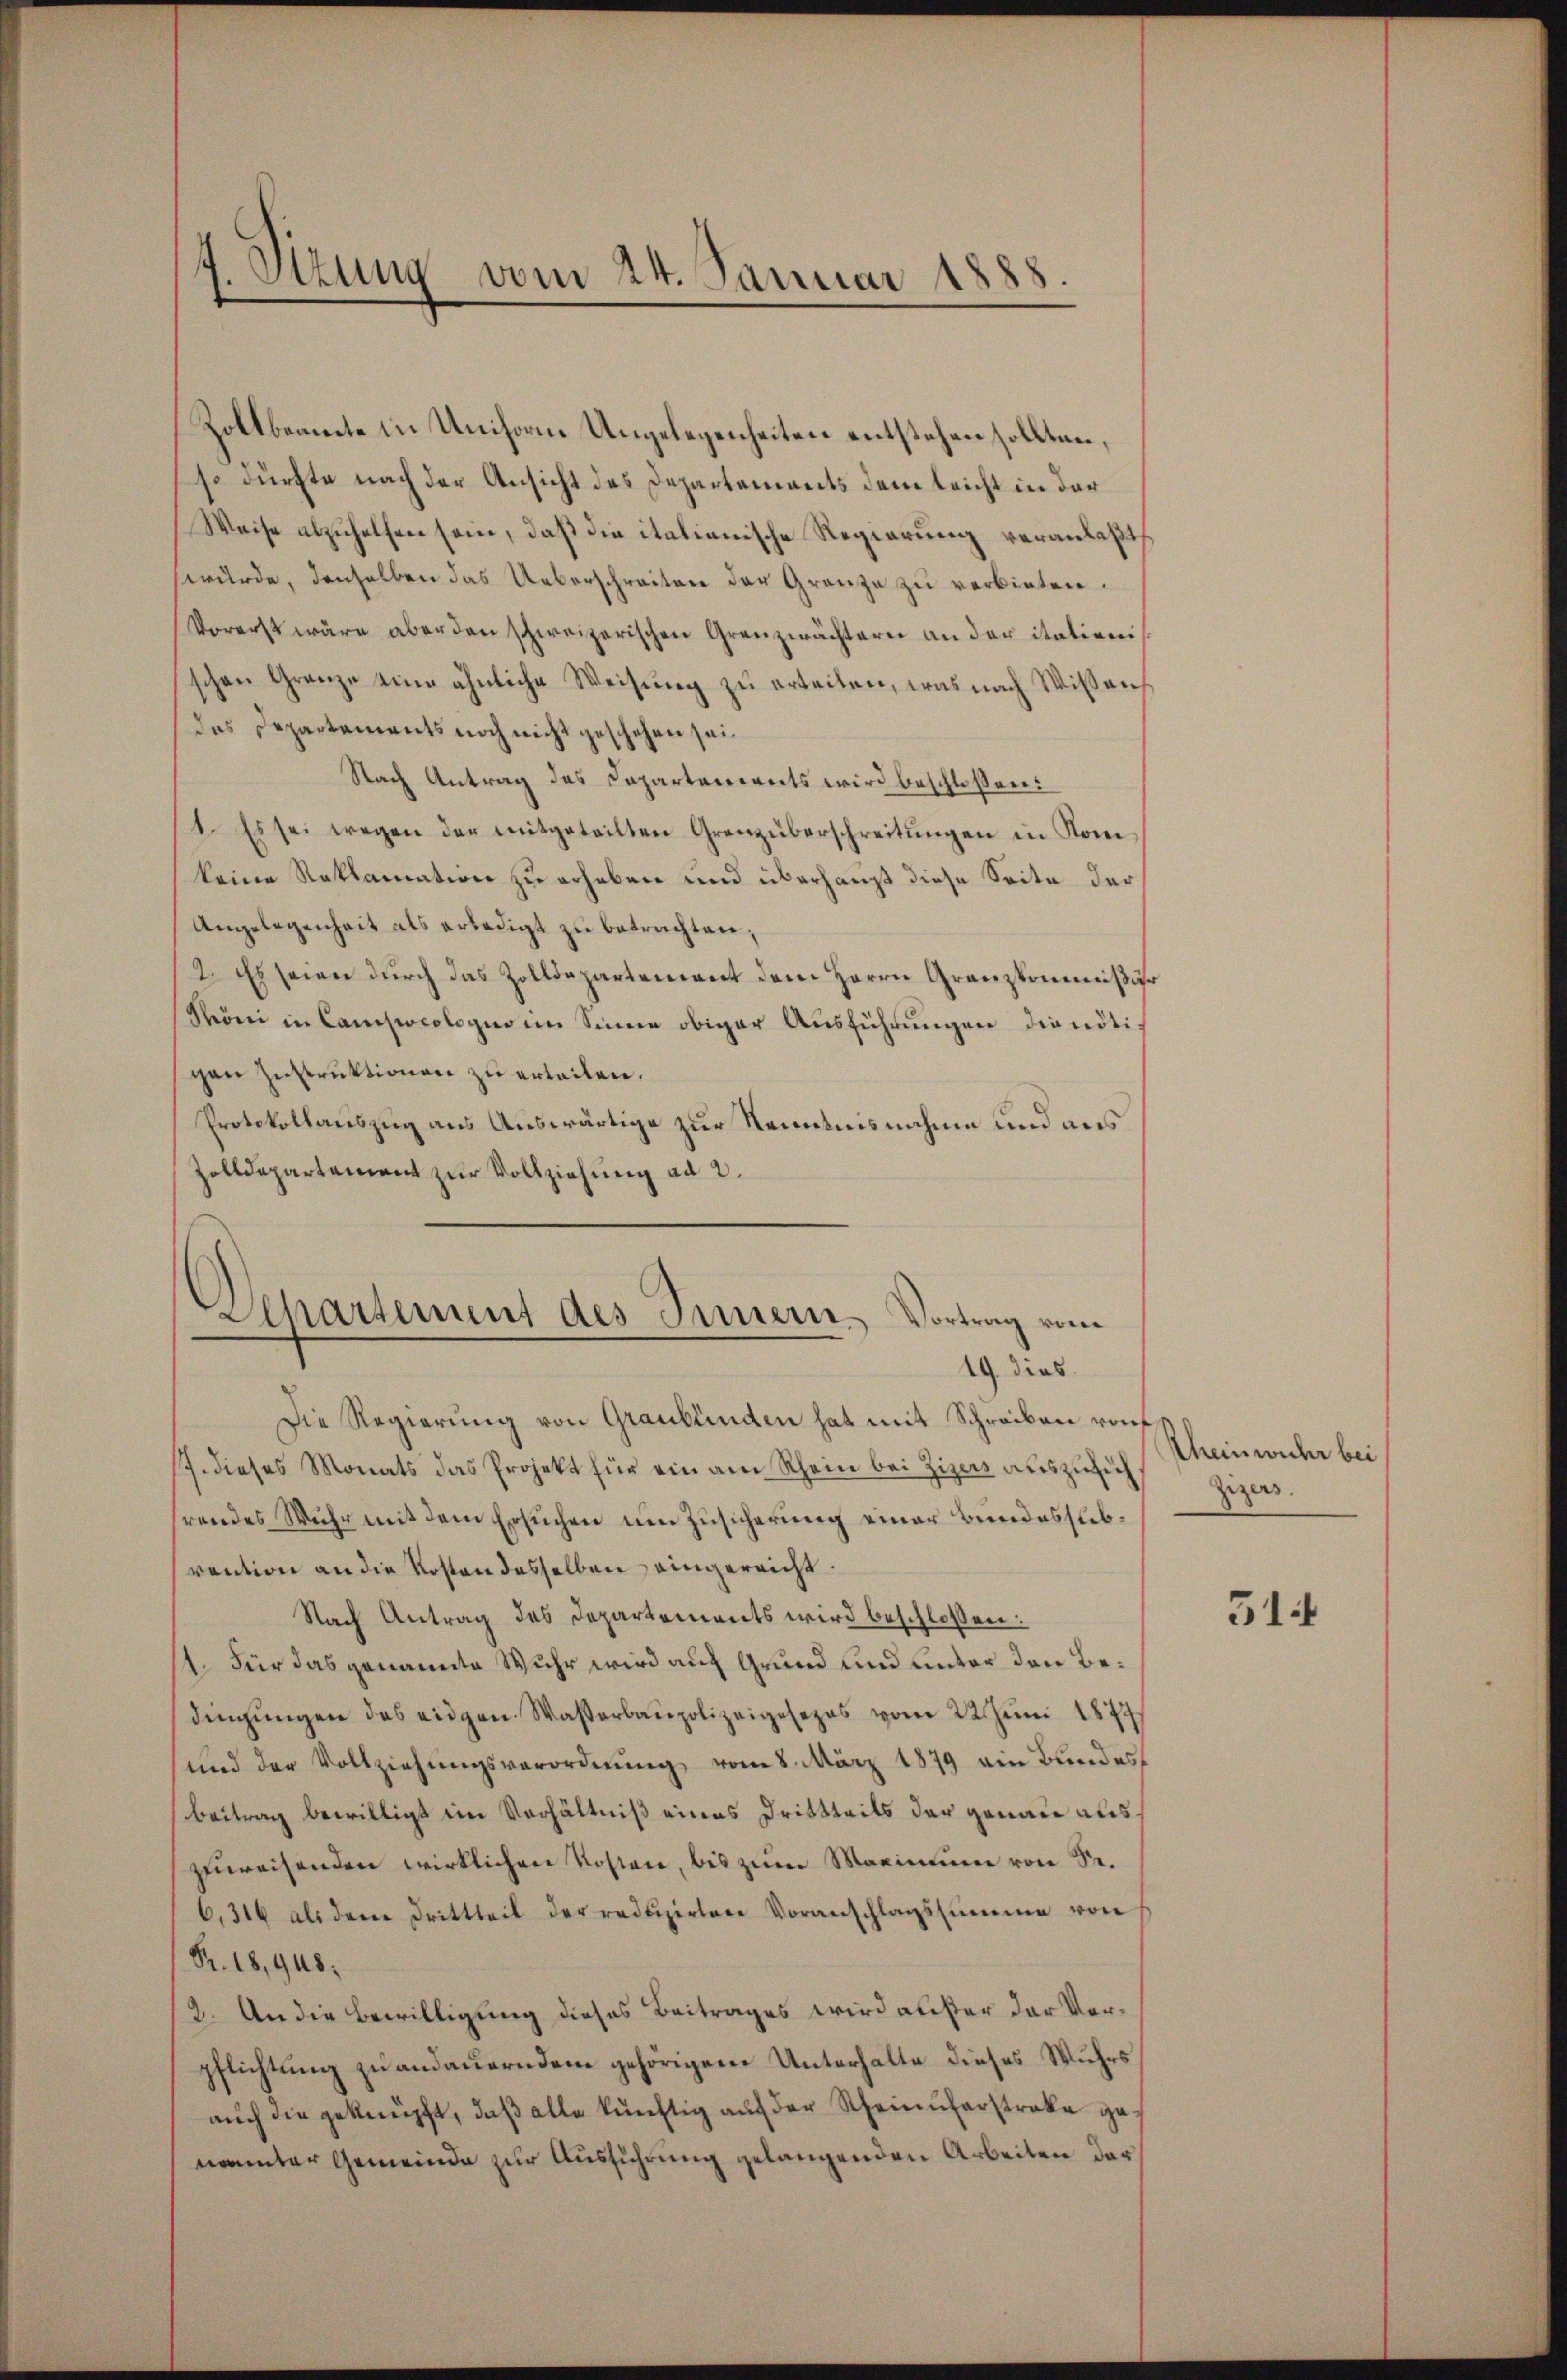
Sirung vom 24. Januar 1888.

Zollbeamte in Uniforme Ungelegenheiten entstehen sollten,
so dürfte nach der Ansicht des Departements dem leicht in der
Weise abzuhelfen sein, daß die italienische Regierung veranlaßt,
würde, denselben das Ueberschreiten der Grenze zu verbieten.
Vorerst wäre aber den schweizerischen Grenzwächtern an der itationischen Granze eine ähnliche Weisung zu erteilen, was nach Wissendas Departaments noch nicht geschehen sei.
Nach Antrag des Capartanereits wird beschloßen:
1. Es sei wegen der mitgeteilten Grenzüberschreitungen in Komkeine Reklamation zu erheben und überhaupt diese Seite der
Angelegenheit als erledigt zu betrachten;
2. Es seien durch das Zolldepartement dem Herrn Granzkommißär
Meoni in Campocolegio im Sinne obiger Ausführungen die nötigen Instruktionen zu erteilen.
Protokollauszug aus Auswärtige zur Kenntnisnahme und aus
Zolldepartement zur Vollziehung ad 2.

Departement des Innern, Vortrag vom
19. dies

Die Regierung von Graubünden hat mit Schreiben rauf
17. dieses Monats das Projekt für ein am Rhein bei Zizenz auszuzieh
hrendes Wuhr mit dem Ersuchen um Zusicherung einer Bundessubvention an die Kosten desselben eingereicht.
Nach Antrag des Departements wird beschlossen:
1. Für das genannte Wuhr wird auf Grund und unter den Bedingŭngen des eidgen. Wasserbaupolizeigesezes vom 22. Juni 1877
und der Vollziehungsverordnung vom 8. März 1879 ein Bundes
Beitrag bewilligt im Verhältniß eines Drittteils der genau auszuweisenden wirklichen Kosten, bis zum Maximum von Sr.
6,316 als dem drittheil der redŭzirten Voranschlagssumme von
R. 18,948;
2. An die Bewilligung dieses Beitrages wird außer der Verpflichtung zu andauerndem gehörigen Unterhalte dieses Wuhrs
auch die geknüpft, daß alle künftig auf der Rheinuferstrake genannter Gemeinde zur Ausführung gelangenden Arbeiten der

Rheinwicher bei
Zizers.

514